Report of the Indian Hemp Drugs Commission, 1894-1895 - Volume II
Year: 1894
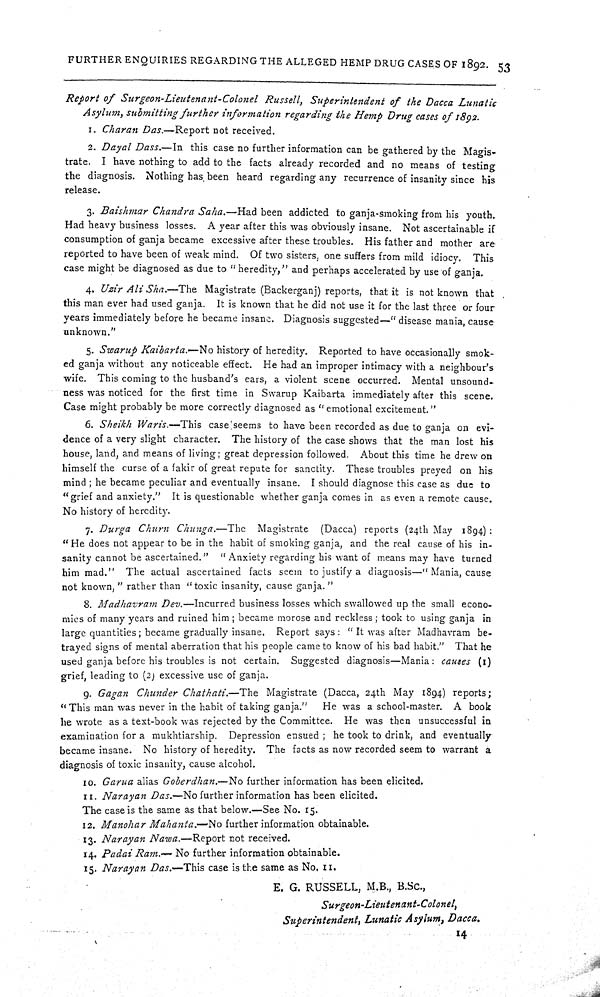
FURTHER ENQUIRIES REGARDING THE ALLEGED HEMP DRUG CASES OF 1892. 53
Report of Surgeon-Lieutenant-Colonel Russell, Superintendent of the Dacca Lunatic
Asylum, submitting further information regarding the Hemp Drug cases of 1892.
1. Charan Das.—Report not received.
2. Dayal Dass.—In this case no further information can be gathered by the Magis-
trate. I have nothing to add to the facts already recorded and no means of testing
the diagnosis. Nothing has been heard regarding any recurrence of insanity since his
release.
3. Baishmar Chandra Saha.—Had been addicted to ganja-smoking from his youth.
Had heavy business losses. A year after this was obviously insane. Not ascertainable if
consumption of ganja became excessive after these troubles. His father and mother are
reported to have been of weak mind. Of two sisters, one suffers from mild idiocy. This
case might be diagnosed as due to "heredity," and perhaps accelerated by use of ganja.
4. Uzir Ali Sha.—The Magistrate (Backerganj) reports, that it is not known that
this man ever had used ganja. It is known that he did not use it for the last three or four
years immediately before he became insane. Diagnosis suggested—"disease mania, cause
unknown."
5. Swarup Kaibarta.—No history of heredity. Reported to have occasionally smok-
ed ganja without any noticeable effect. He had an improper intimacy with a neighbour's
wife. This coming to the husband's ears, a violent scene occurred. Mental unsound-
ness was noticed for the first time in Swarup Kaibarta immediately after this scene.
Case might probably be more correctly diagnosed as "emotional excitement."
6. Sheikh Waris.—This case seems to have been recorded as due to ganja on evi-
dence of a very slight character. The history of the case shows that the man lost his
house, land, and means of living; great depression followed. About this time he drew on
himself the curse of a fakir of great repute for sanctity. These troubles preyed on his
mind; he became peculiar and eventually insane. I should diagnose this case as due to
"grief and anxiety." It is questionable whether ganja comes in as even a remote cause.
No history of heredity.
7. Durga Churn Chunga.—The Magistrate (Dacca) reports (24th May 1894):
"He does not appear to be in the habit of smoking ganja, and the real cause of his in-
sanity cannot be ascertained." "Anxiety regarding his want of means may have turned
him mad." The actual ascertained facts seem to justify a diagnosis—"Mania, cause
not known," rather than "toxic insanity, cause ganja."
8. Madhavram Dev.—Incurred business losses which swallowed up the small econo-
mics of many years and ruined him; became morose and reckless; took to using ganja in
large quantities; became gradually insane. Report says: "It was after Madhavram be-
trayed signs of mental aberration that his people came to know of his bad habit." That he
used ganja before his troubles is not certain. Suggested diagnosis—Mania: causes (1)
grief, leading to (2) excessive use of ganja.
9. Gagan Chunder Chathati.—The Magistrate (Dacca, 24th May 1894) reports;
"This man was never in the habit of taking ganja." He was a school-master. A book
he wrote as a text-book was rejected by the Committee. He was then unsuccessful in
examination for a mukhtiarship. Depression ensued; he took to drink, and eventually
became insane. No history of heredity. The facts as now recorded seem to warrant a
diagnosis of toxic insanity, cause alcohol.
10. Garua alias Goberdhan.—No further information has been elicited.
11. Narayan Das.—No further information has been elicited.
The case is the same as that below.—See No. 15.
12. Manohar Mahanta.—No further information obtainable.
13. Narayan Nawa.—Report not received.
14. Padai Ram.— No further information obtainable.
15. Narayan Das.—This case is the same as No. 11.
E. G. RUSSELL, M.B., B.Sc.,
Surgeon-Lieutenant-Colonel,
Superintendent, Lunatic Asylum, Dacca.
14